Civil Veterinary Department. Central Provinces & Berar 1932-41 - 1932-1941
Year: 1932
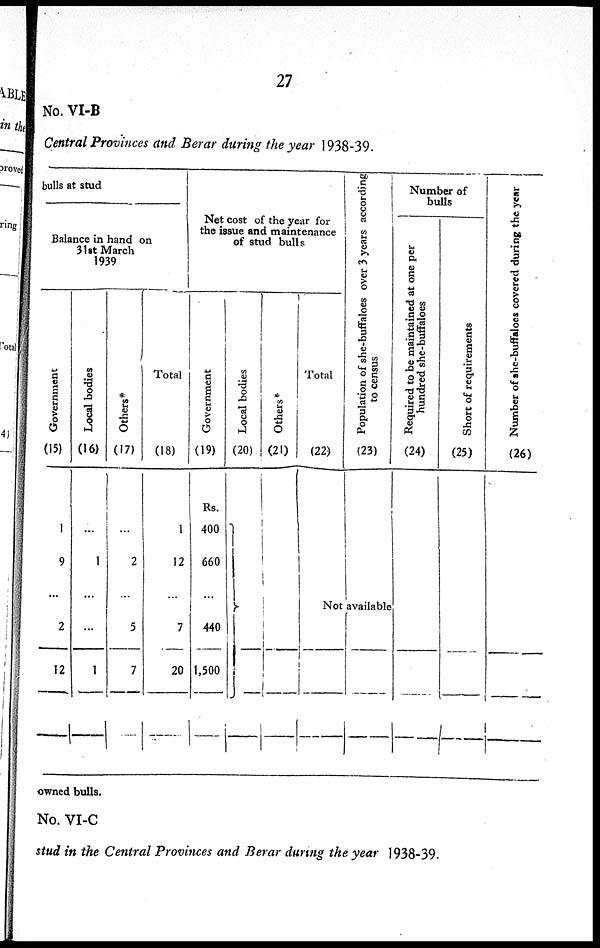
27
No. VI-B
Central Provinces and Berar during the year 1938-39.
bulls at stud
Balance in hand on
31st March
1939
Go v e r
n me n t
(15)
1
9
...
2
12
Local bodies
(16)
...
1
...
...
1
Ot her s *
(17)
...
2
...
5
7
Total
(18)
1
12
...
7
20
Net cost of the year for
the issue and maintenance
of stud bulls
Go v e r
n me n t
(19)
Rs.
400
660
...
440
1,500
Local bodies
(20)
Ot her s *
(21)
Total
(22)
Population of she-buffaloes over 3 years according
to census
(23)
Not available
Number of
bulls
Requi r
ed to be maintained at one per
hundr e d she-buffaloes
(24)
Shor t of requirements
(25)
Number of she-buffaloes covered during the year
(26)
owned bulls.
No. VI-C
stud in the Central Provinces and Berar during the year 1938-39.